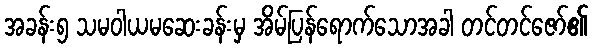
အခန်း၅ သမဝါယမဆေးခန်းမှ အိမ်ပြန်ရောက်သောအခါ တင်တင်ဇော်၏